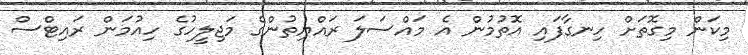
މިކަން މިގޮތަށް ހިނގާފައި އޮތުމުން އެ މައްސަލަ ރައްޔިތުންގެ މަޖިލީހުގެ ހިއުމަން ރައިޓްސް